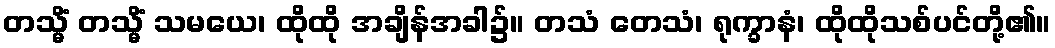
တသ္မိံ တသ္မိံ သမယေ၊ ထိုထို အချိန်အခါ၌။ တသံ တေသံ၊ ရုက္ခာနံ၊ ထိုထိုသစ်ပင်တို့၏။